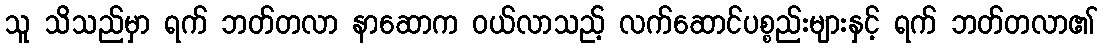
သူ သိသည်မှာ ရက် ဘတ်တလာ နာဆောက ဝယ်လာသည့် လက်ဆောင်ပစ္စည်းများနှင့် ရက် ဘတ်တလာ၏